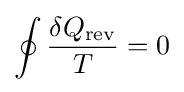
\oint {\frac {\delta Q_{\text{rev}}}{T}}=0